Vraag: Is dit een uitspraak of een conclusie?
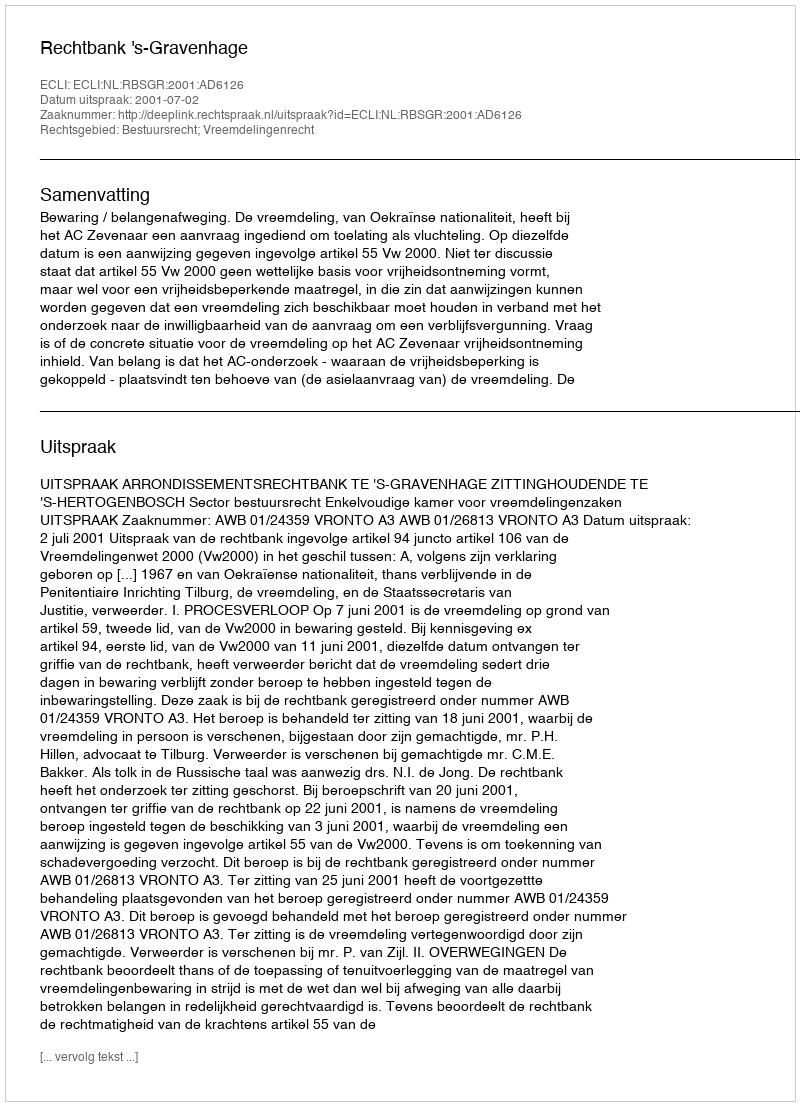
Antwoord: Uitspraak